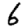
Digit: 6